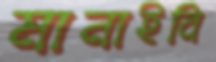
মানাইবি